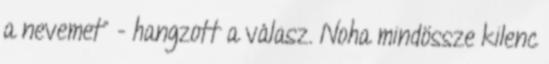
a nevemet" - hangzott a válasz. Noha mindössze kilenc